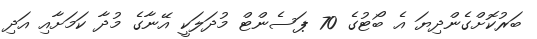
ބަރުކޮށްގެންދިޔަ އެ ބޯޓުގެ 70 ޕަސެންޓް މުދަލަކީ އޭނާގެ މުދާ ކަމަށާއި އަދި